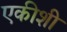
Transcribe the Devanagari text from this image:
एकीशी